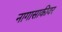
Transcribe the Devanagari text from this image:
नागासाकीवर